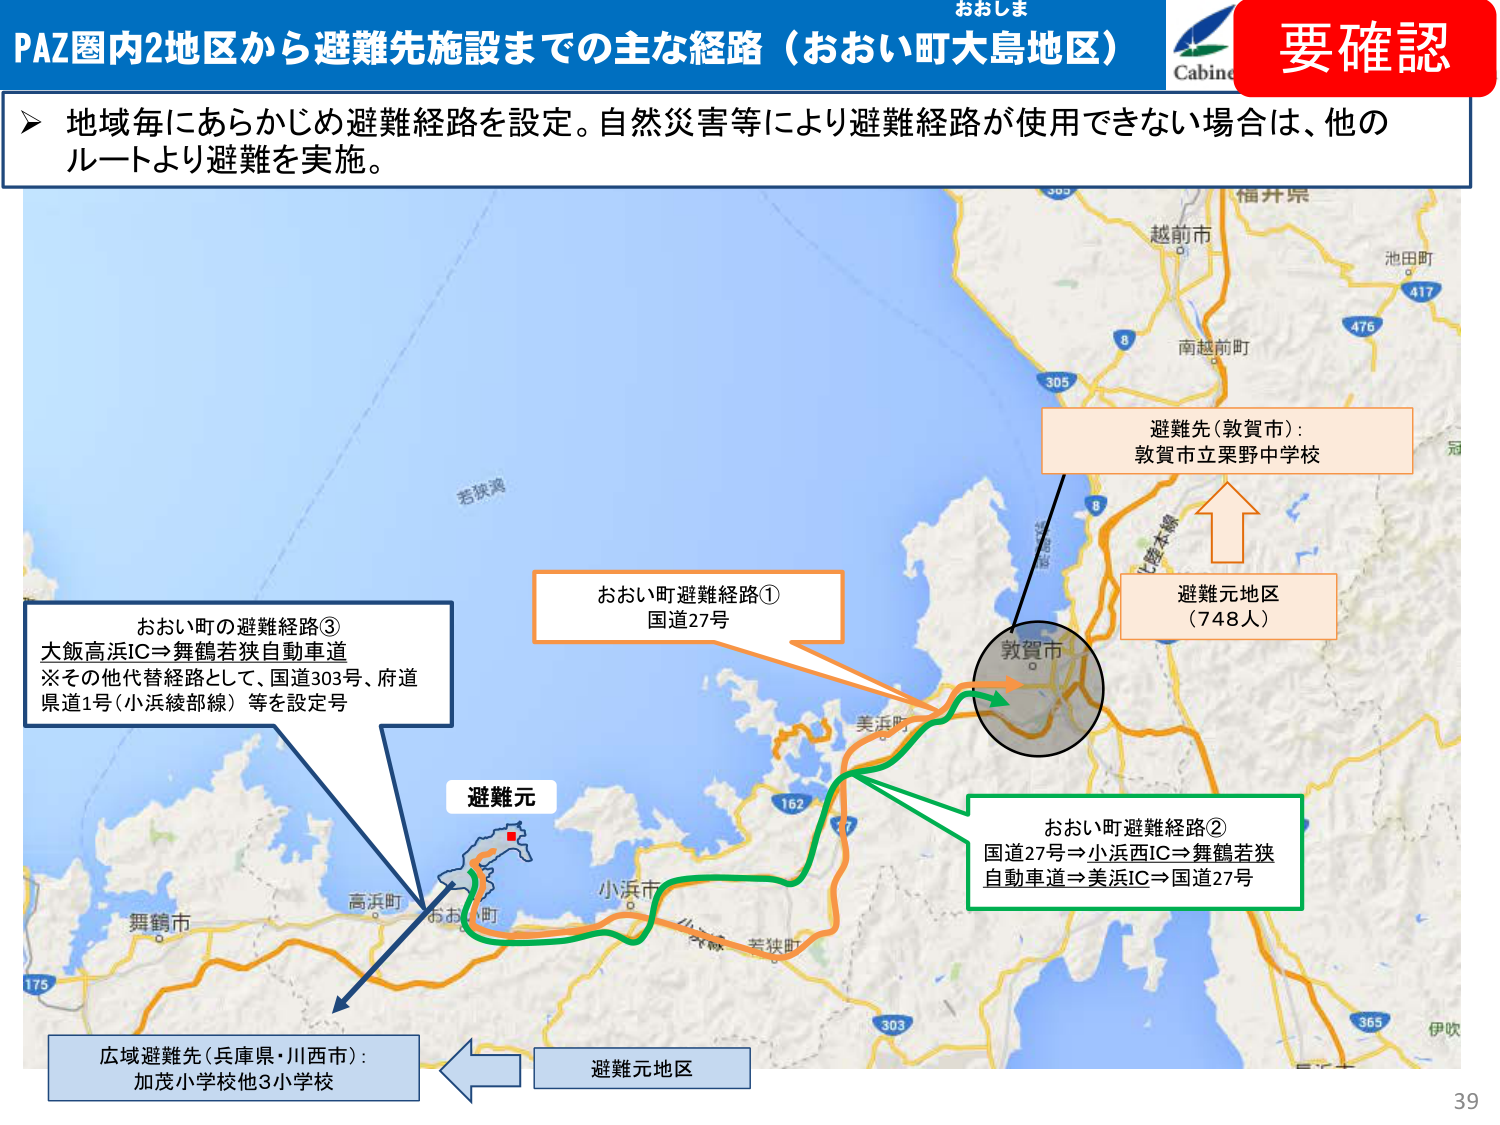
PAZ圏内2地区から避難先施設までの主な経路（おおい町大島地区）

地域毎にあらかじめ避難経路を設定。自然災害等により避難経路が使用できない場合は、他のルートより避難を実施。

おおい町の避難経路③
大飯高浜IC⇒舞鶴若狭自動車道
※その他代替経路として、国道303号、府道県道1号（小浜綾部線）等を設定号

おおい町避難経路①
国道27号

おおい町避難経路②
国道27号⇒小浜西IC⇒舞鶴若狭自動車道⇒美浜IC⇒国道27号

避難先（敦賀市）：
敦賀市立栗野中学校

避難元地区
（748人）

広域避難先（兵庫県・川西市）：
加茂小学校他3小学校

避難元地区

若狭湾
高浜町
おおい町
小浜市
美浜町
舞鶴市
越前市
南越前町
池田町
福井県
伊吹
305
8
476
417
303
365
175
162
7
303
北陸本線
敦賀市
おおしま
Cabinet
要確認
39